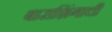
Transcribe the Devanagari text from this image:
बाराशिंगाची